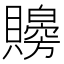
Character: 𧸨